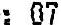
: 07